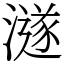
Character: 澻